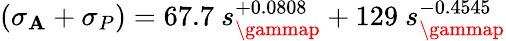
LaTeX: (\sigma_{\mathbf{A}}+\sigma_{P})=67.7\ s_{\gammap}^{+0.0808}+129\ s_{\gammap}^{-0.4545}